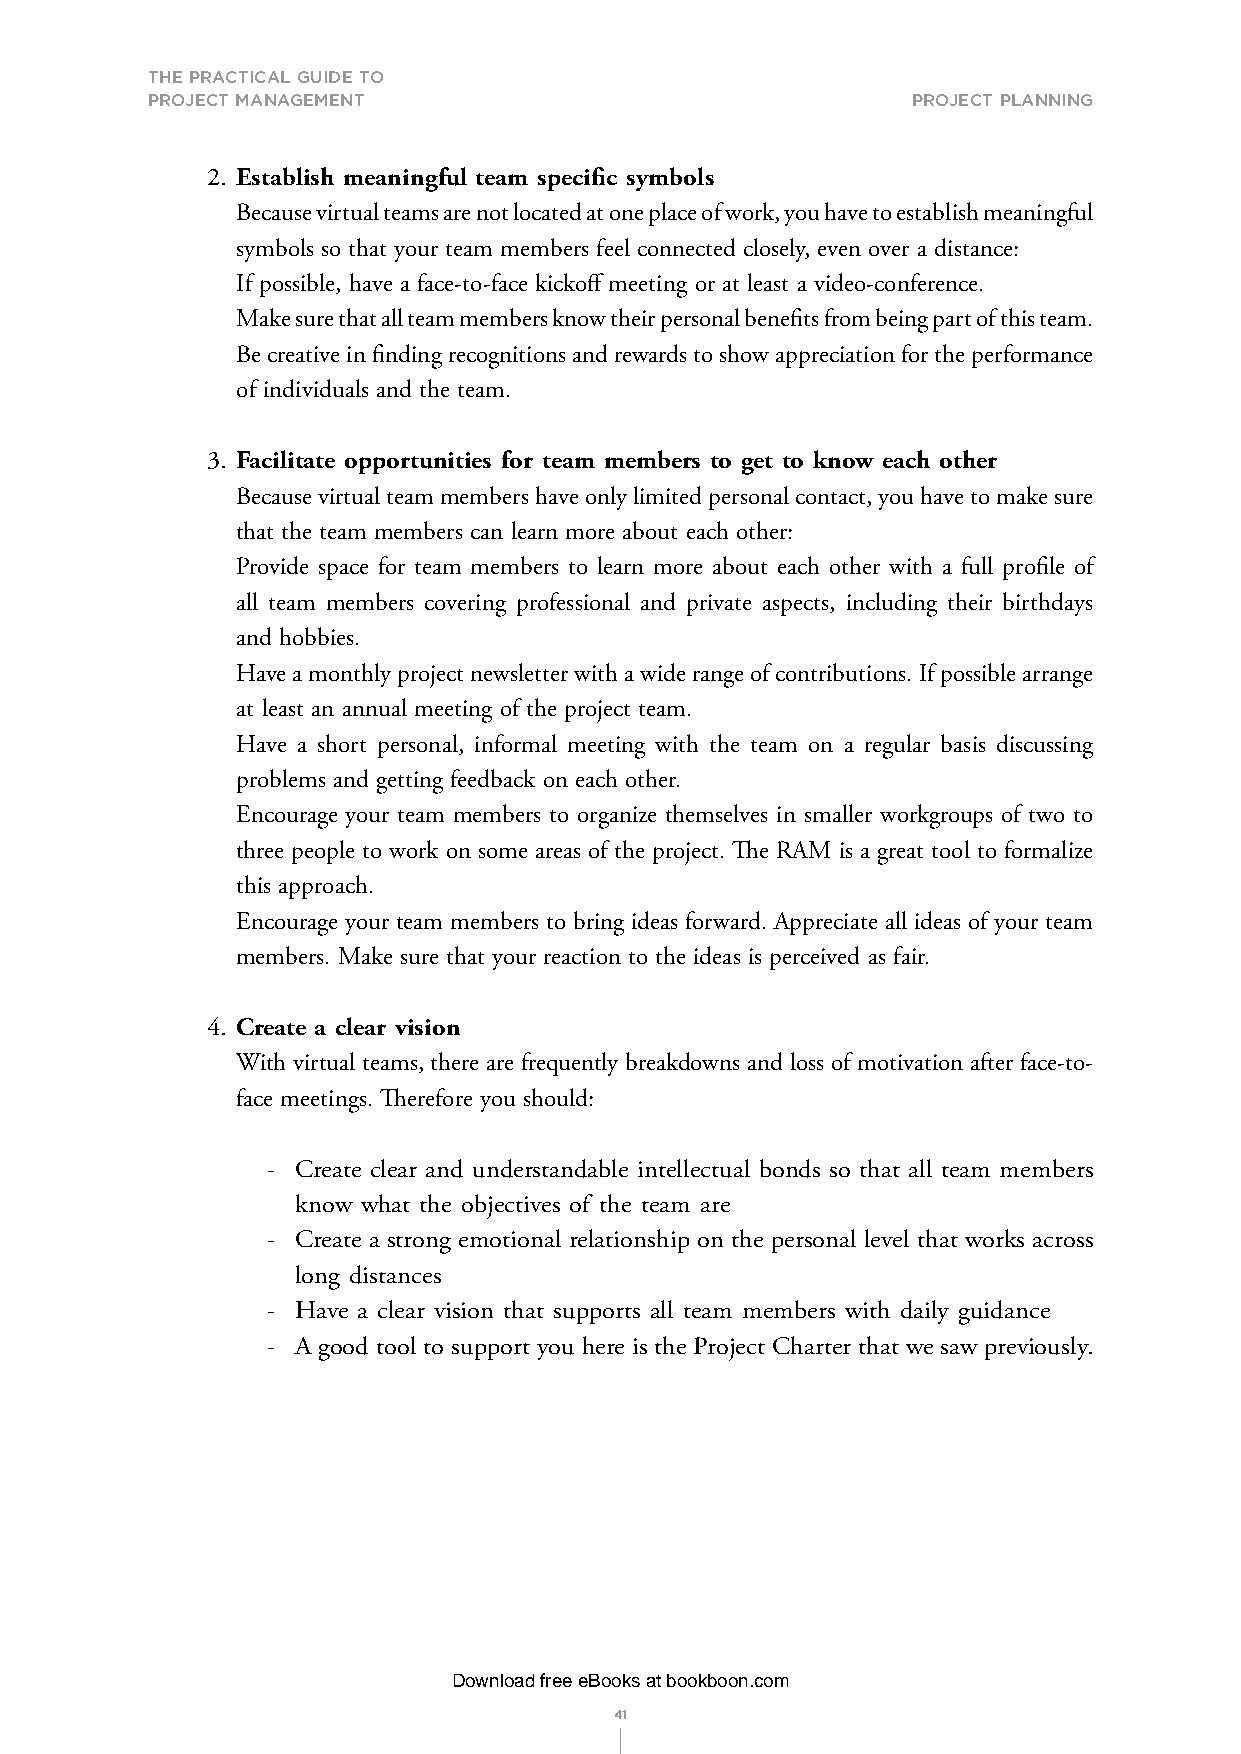
THE PRACTICAL GUIDE TO
 PROJECT MANAGEMENT                                ProjeCt PlannIng
 2. Establish meaningful team specific symbols
 Because virtual teams are not located at one place of work, you have to establish meaningful
 symbols so that your team members feel connected closely, even over a distance:
 If possible, have a face-to-face kickoff meeting or at least a video-conference.
 Make sure that all team members know their personal benefits from being part of this team.
 Be creative in finding recognitions and rewards to show appreciation for the performance
 of individuals and the team.
 3. Facilitate opportunities for team members to get to know each other
 Because virtual team members have only limited personal contact, you have to make sure
 that the team members can learn more about each other:
 Provide space for team members to learn more about each other with a full profile of
 all team members covering professional and private aspects, including their birthdays
 and hobbies.
 Have a monthly project newsletter with a wide range of contributions. If possible arrange
 at least an annual meeting of the project team.
 Have a short personal, informal meeting with the team on a regular basis discussing
 problems and getting feedback on each other.
 Encourage your team members to organize themselves in smaller workgroups of two to
 three people to work on some areas of the project. The RAM is a great tool to formalize
 this approach.
 Encourage your team members to bring ideas forward. Appreciate all ideas of your team
 members. Make sure that your reaction to the ideas is perceived as fair.
 4. Create a clear vision
 With virtual teams, there are frequently breakdowns and loss of motivation after face-to-
 face meetings. Therefore you should:
 - Create clear and understandable intellectual bonds so that all team members
 know what the objectives of the team are
 - Create a strong emotional relationship on the personal level that works across
 long distances
 - Have a clear vision that supports all team members with daily guidance
 - A good tool to support you here is the Project Charter that we saw previously.
 Download free eBooks at bookboon.com
 41